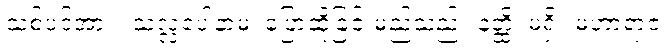
သစ်ပင်အား။ သလ္လပေါနာမ၊ ပြောဆိုခြင်းမည်သည်။ နတ္ထိ၊ မရှိ။ မဟာရာဇ၊